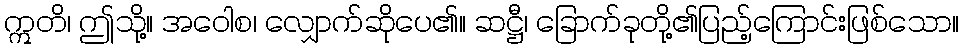
ဣတိ၊ ဤသို့။ အဝေါစ၊ လျှောက်ဆိုပေ၏။ ဆဋ္ဌီ၊ ခြောက်ခုတို့၏ပြည့်ကြောင်းဖြစ်သော။